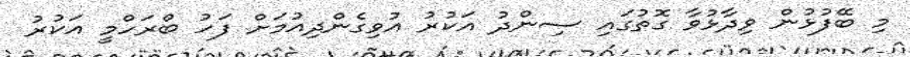
މި ބޭފުޅުން ވިދާޅުވާ ގޮތުގައި ސިންދު އަކުރު އުވިގެންދިއުމަށް ފަހު ބްރަހްމީ އަކުރު